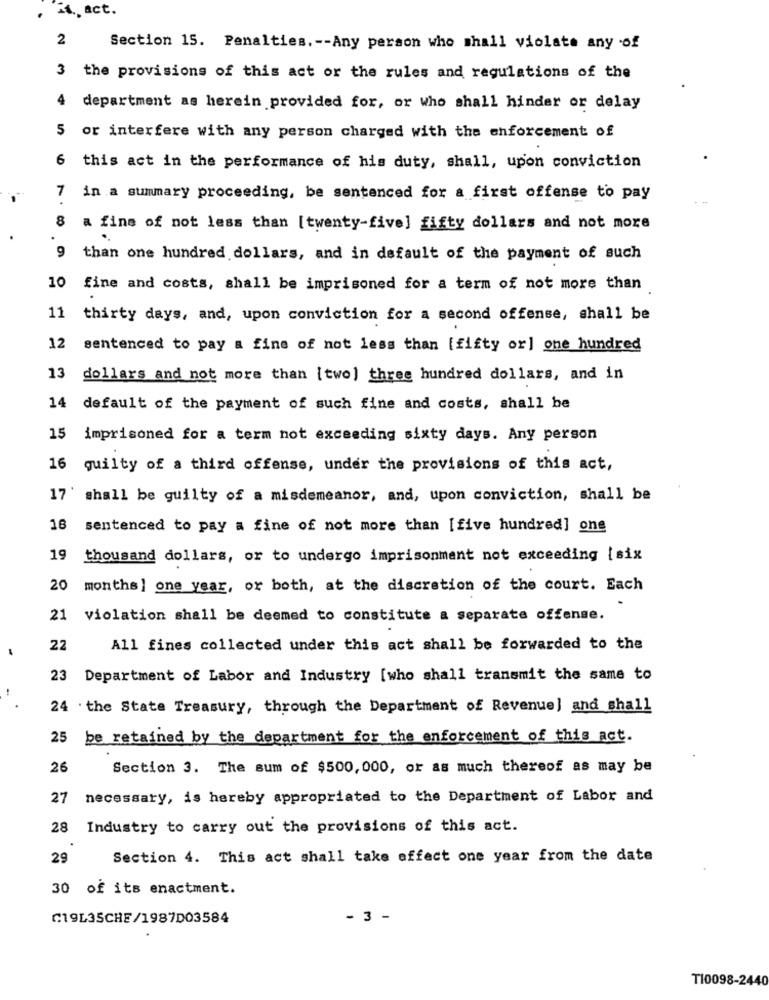
. i ., act.
2
Section 15. Penalties .-- Any person who shall violate any of
3 the provisions of this act or the rules and regulations of the
4
department as herein provided for, or who shall hinder or delay
5 or interfere with any person charged with the enforcement of
6
this act in the performance of his duty, shall, upon conviction
7
in a summary proceeding, be sentenced for a first offense to pay
8 a fine of not less than [twenty-five] fifty dollars and not more
9
than one hundred dollars, and in default of the payment of such
10 fine and costs, shall be imprisoned for a term of not more than
11
thirty days, and, upon conviction for a second offense, shall be
12
sentenced to pay a fine of not less than [fifty or] one hundred
13
dollars and not more than [two] three hundred dollars, and in
14
default of the payment of such fine and costs, shall be
15
imprisoned for a term not exceeding sixty days. Any person
16
quilty of a third offense, under the provisions of this act,
17' shall be guilty of a misdemeanor, and, upon conviction, shall be
18
sentenced to pay a fine of not more than [five hundred] one
19
thousand dollars, or to undergo imprisonment not exceeding [six
20
months ] one year, or both, at the discretion of the court. Each
21 violation shall be deemed to constitute a separate offense.
22
All fines collected under this act shall be forwarded to the
23 Department of Labor and Industry [who shall transmit the same to
24 . the State Treasury, through the Department of Revenue] and shall
25 be retained by the department for the enforcement of this act.
26
Section 3. The sum of $500, 000, or as much thereof as may be
27
necessary, is hereby appropriated to the Department of Labor and
28
Industry to carry out the provisions of this act.
29
Section 4. This act shall take effect one year from the date
30 of its enactment.
C19L35CHE/1987D03584
- 3 -
T10098-2440